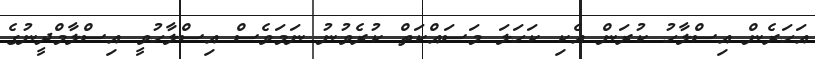
އަހަރެން އިސްލާހު ކުރަން އެކި ކަހަލަ މަސައްކަތް ކުރެވުނު ނަމަވެސް އިސްލާހުވީ އިސްލާމްދީނުގެ